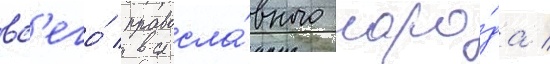
вс'его́ правосла́вного наро́да /